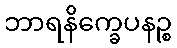
ဘာရနိက္ခေပနဉ္စ